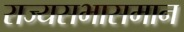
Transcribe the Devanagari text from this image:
राज्यसभासमान